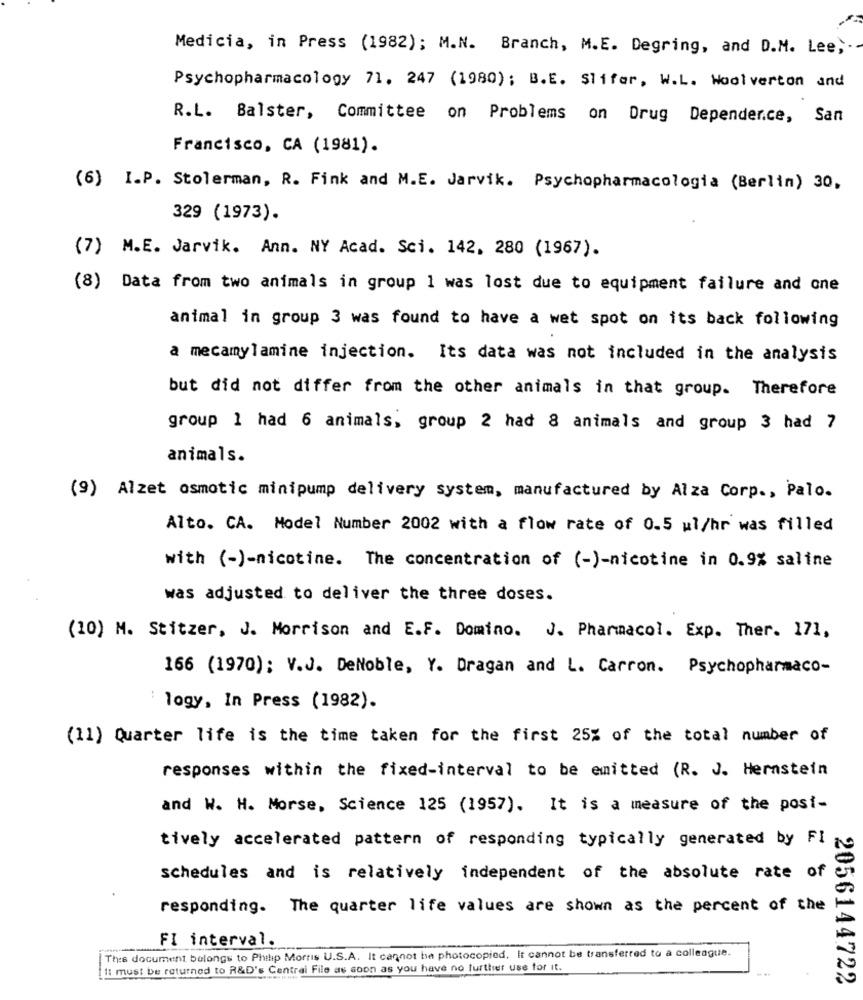
Medicia, in Press (1982); M.N. Branch, M.E. Degring, and D.M. Lee ,.
Psychopharmacology 71. 247 (1980); B.E. Slifer, W.L. Woolverton and
R.L. Balster, Committee on Problems on Drug Depender.ce,
San
Francisco, CA (1981).
(6) I.P. Stolerman, R. Fink and M.E. Jarvik. Psychopharmacologia (Berlin) 30,
329 (1973).
(7) M.E. Jarvik. Ann. NY Acad. Sci. 142. 280 (1967).
(8) Data from two animals in group 1 was lost due to equipment failure and one
animal in group 3 was found to have a wet spot on its back following
a mecamylamine injection. Its data was not included in the analysis
but did not differ from the other animals in that group. Therefore
group 1 had 6 animals, group 2 had & animals and group 3 had 7
animals.
(9) Alzet osmotic minipump delivery system, manufactured by Alza Corp ., Palo.
Alto. CA. Model Number 2002 with a flow rate of 0.5 ml/hr was filled
with (-)-nicotine. The concentration of (-)-nicotine in 0.9% saline
was adjusted to deliver the three doses.
(10) M. Stitzer, J. Morrison and E.F. Domino. J. Pharmacol. Exp. Ther. 171,
166 (1970); V.J. DeNoble, Y. Dragan and L. Carron. Psychopharmaco-
logy, In Press (1982).
(11) Quarter life is the time taken for the first 25% of the total number of
responses within the fixed-interval to be emitted (R. J. Hernstein
and W. H. Morse, Science 125 (1957). It is a measure of the posi-
tively accelerated pattern of responding typically generated by FI
schedules and is relatively independent of the absolute rate of
responding. The quarter life values are shown as the percent of the
FI interval.
The document belongs to Philip Morris U.S.A. It cannot be photocopied. It cannot be transferred to a colleague.
st be returned to R&D's Central File as soon as you have no further use for it.
2056144722